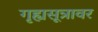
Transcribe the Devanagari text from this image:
गृह्यसूत्रावर